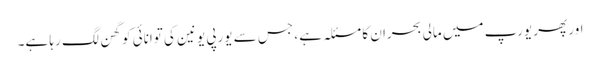
اور پھر یورپ میں مالی بحران کا مسئلہ ہے ، جس سے یورپی یونین کی توانائی کو گھن لگ رہا ہے۔